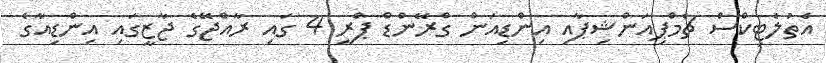
އެތުލެޓިކްސް ޗެމްޕިއަންޝިޕާއި އިންޑިއަން ގްރޭންޑް ޕްރީ 4 ގައި ރާއްޖޭގެ ޖާޒީގައި އިންޑިއާގެ